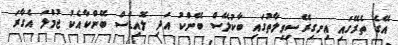
އޭގެ ތެރޭގައި އިނގިރޭސިވިލާތުގައި ބާކުލޭސް ބޭންކު އަދި ލޮއިޑްސް ބޭންކާއެކު ޖުމްލަ އެގާރަ